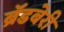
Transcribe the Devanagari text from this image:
ब्रॅडबेरी